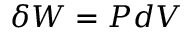
\delta W = P d V